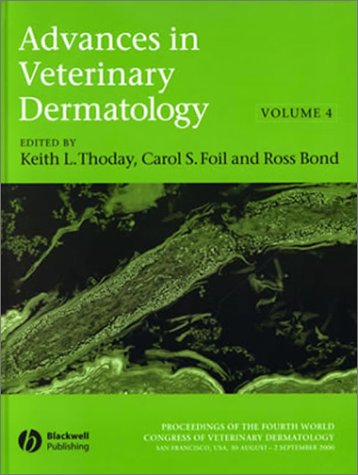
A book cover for Advances in Veterinary Dermatology, Vol. 4; Medical Books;